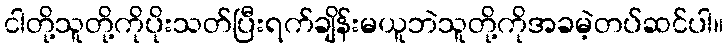
ငါတို့သူတို့ကိုပိုးသတ်ပြီးရက်ချိန်းမယူဘဲသူတို့ကိုအခမဲ့တပ်ဆင်ပါ။